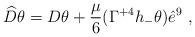
LaTeX: \begin{align*}\widehat{D} \theta = D \theta + \frac{\mu}{6} (\Gamma^{+4} h_- \theta) \hat{e}^9 ~,\end{align*}